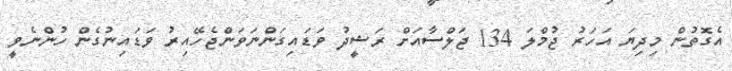
އެގޮތުން މިދިޔަ އަހަރު ޖުމްލަ 134 ޖަލްސާއަށް ރަޝީދު ވަޑައިގަންނަވަންޖެހޭއިރު ވަޑައިނުގެން ހުންނެވީ